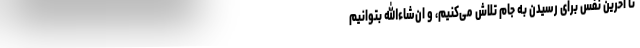
تا آخرین نفس برای رسیدن به جام تلاش می‌کنیم، و ان‌شاءالله بتوانیم